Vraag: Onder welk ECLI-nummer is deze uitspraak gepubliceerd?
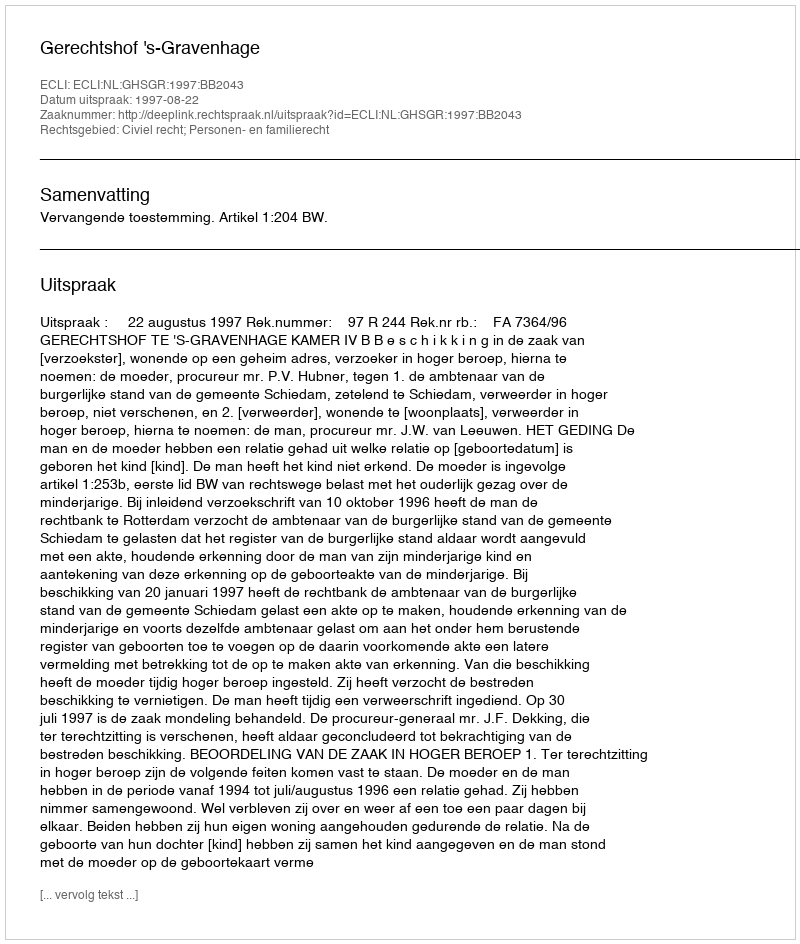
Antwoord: ECLI:NL:GHSGR:1997:BB2043